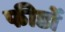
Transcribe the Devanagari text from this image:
फीडों